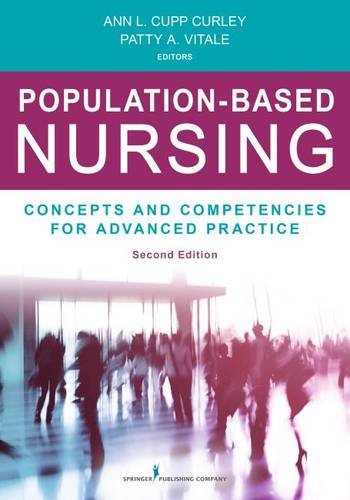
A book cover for Population-Based Nursing, Second Edition: Concepts and Competencies for Advanced Practice; Ann L. Curley PhD  RN; Medical Books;